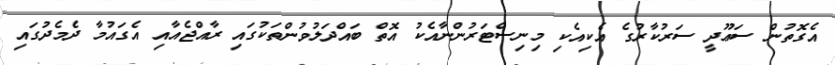
އެގޮތުން ސަޢޫދީ ސަރުކާރުގެ އެކިއެކި މިނިސްޓަރުންނާއެކު އޮތް ބައްދަލުވުންތަކުގައި ރާއްޖެއާއި އެގައުމާ ދެމެދުގައި